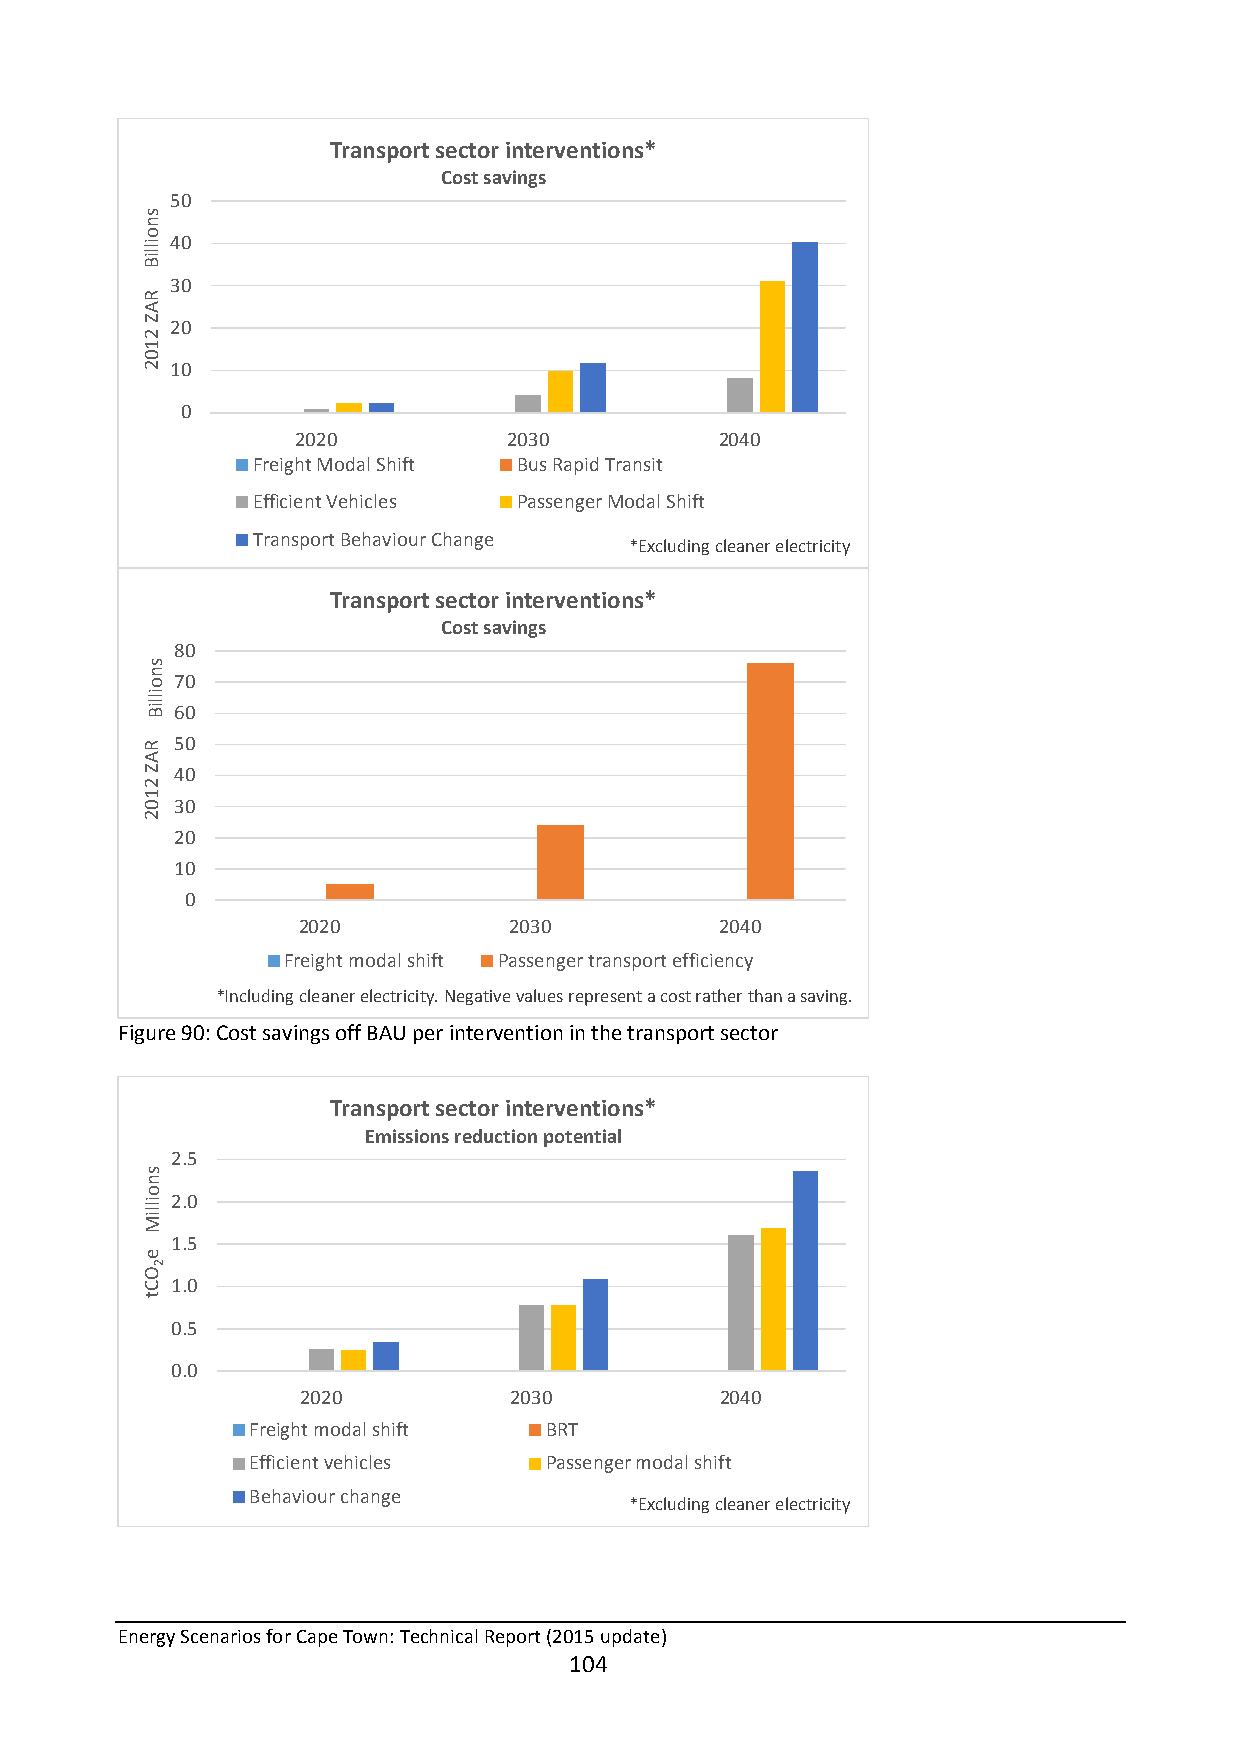
Transport sector interventions*
 Cost savings
 50
 40
 30
 20
 10
 0
 2020          2030          2040
 Freight Modal Shift Bus Rapid Transit
 Efficient Vehicles Passenger Modal Shift
 Transport Behaviour Change
 *Excluding cleaner electricity
 Transport sector interventions*
 Cost savings
 80
 70
 60
 50
 40
 30
 20
 10
 0
 2020          2030          2040
 Freight modal shift Passenger transport efficiency
 *Including cleaner electricity. Negative values represent a cost rather than a saving.
 Figure 90: Cost savings off BAU per intervention in the transport sector
 Transport sector interventions*
 Emissions reduction potential
 2.5
 2.0
 1.5
 1.0
 0.5
 0.0
 2020          2030          2040
 Freight modal shift BRT
 Efficient vehicles Passenger modal shift
 Behaviour change
 *Excluding cleaner electricity
 Energy Scenarios for Cape Town: Technical Report (2015 update)
 104
 snoilliB
 RAZ
 2102
 snoilliB
 RAZ
 2102
 snoilliM
 e
 2OCt